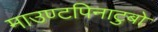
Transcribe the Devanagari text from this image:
माउण्टपिनाटुबो